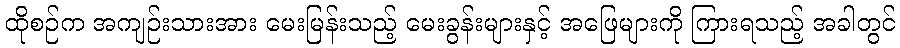
ထိုစဉ်က အကျဉ်းသားအား မေးမြန်းသည့် မေးခွန်းများနှင့် အဖြေများကို ကြားရသည့် အခါတွင်